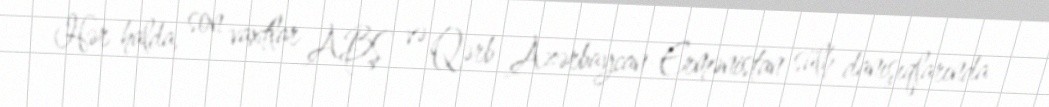
Hər halda, son vaxtlar ABŞ və Qərb Azərbaycan-Ermənistan sülh danışıqlarında